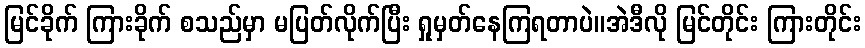
မြင်ခိုက် ကြားခိုက် စသည်မှာ မပြတ်လိုက်ပြီး ရှုမှတ်နေကြရတာပဲ။အဲဒီလို မြင်တိုင်း ကြားတိုင်း